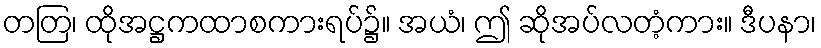
တတြ၊ ထိုအဋ္ဌကထာစကားရပ်၌။ အယံ၊ ဤ ဆိုအပ်လတံ့ကား။ ဒီပနာ၊